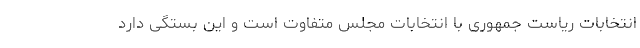
انتخابات ریاست جمهوری با انتخابات مجلس متفاوت است و این بستگی دارد